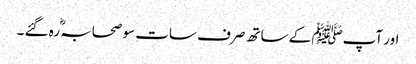
اور آپﷺ کے ساتھ صرف سات سو صحابہؓ رہ گئے ۔